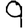
Digit: 9